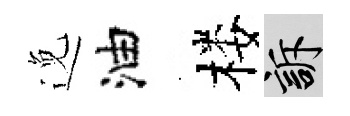
𨓜油楼訴